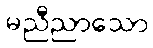
မညီညာသော